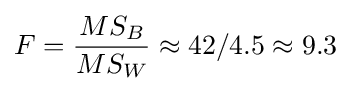
F={\frac {MS_{B}}{MS_{W}}}\approx 42/4.5\approx 9.3